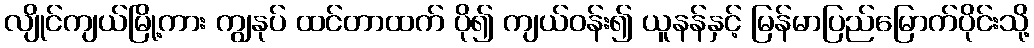
လျိုင်ကျယ်မြို့ကား ကျွနုပ် ထင်တာထက် ပို၍ ကျယ်ဝန်း၍ ယူနန်နှင့် မြန်မာပြည်မြောက်ပိုင်းသို့